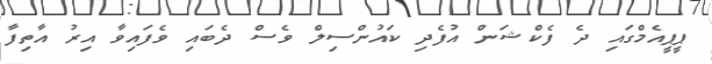
ޕީޕީއެމްގައި ދެ ފެކްޝަން އުފެދި ކައުންސިލް ވެސް ދެބައި ވެފައިވާ އިރު އާތިފާ